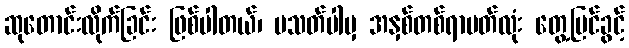
ဆုတောင်းလိုက်ခြင်း ဖြစ်ပါတယ်၊ မသတ်ပါမှ အနှစ်တစ်ရာပတ်လုံး တွေ့မြင်ခွင့်